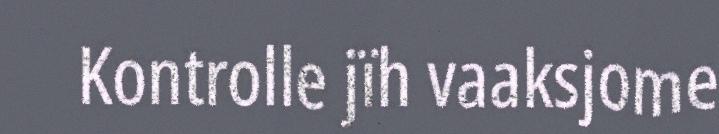
Kontrolle jïh vaaksjome